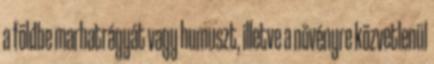
a földbe marhatrágyát vagy humuszt, illetve a növényre közvetlenül